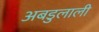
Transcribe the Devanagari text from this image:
अबडुलाली